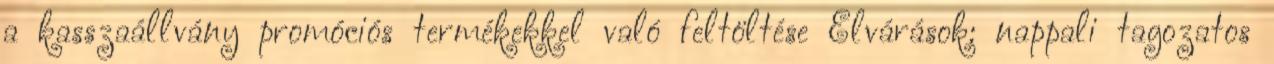
a kasszaállvány promóciós termékekkel való feltöltése Elvárások: nappali tagozatos